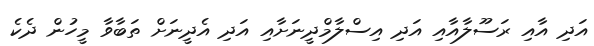
އަދި އާއި ރަސޫލާއާއި އަދި އިސްލާމްދީނަށާއި އަދި އެދީނަށް ތަބާވާ މީހުން ދެކެ